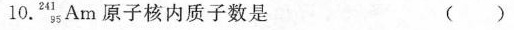
10.^{241}_{95}Am原子核内质子数是 ( )